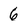
Character: 6